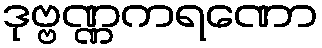
ဒုဗ္ဗဏ္ဏကရဏော